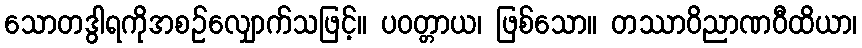
သောတဒွါရကိုအစဉ်လျှောက်သဖြင့်။ ပဝတ္တာယ၊ ဖြစ်သော။ တဿာဝိညာဏဝီထိယာ၊